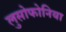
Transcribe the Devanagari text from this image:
लुसोफोनिया